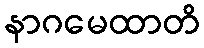
နာဂမေထာတိ